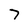
Character: 7